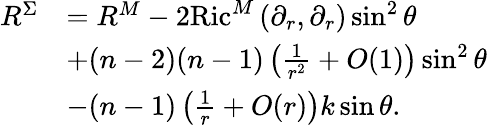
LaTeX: \begin{array}{rl}{R^{\Sigma}}&{=R^{M}-2\mathrm{Ric}^{M}\left(\partial_{r},\partial_{r}\right)\sin^{2}\theta}\\ &{+(n-2)(n-1)\left(\frac{1}{r^{2}}+O(1)\right)\sin^{2}\theta}\\ &{-(n-1)\left(\frac{1}{r}+O(r)\right)k\sin\theta.}\end{array}